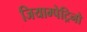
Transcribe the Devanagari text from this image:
जियाम्पेट्रिनो